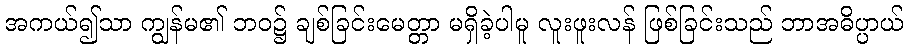
အကယ်၍သာ ကျွန်မ၏ ဘဝ၌ ချစ်ခြင်းမေတ္တာ မရှိခဲ့ပါမူ လူးဖူးလန် ဖြစ်ခြင်းသည် ဘာအဓိပ္ပာယ်